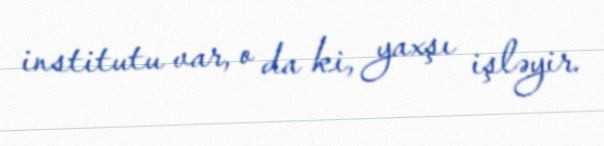
institutu var, o da ki, yaxşı işləyir.